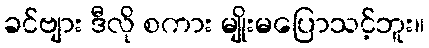
ခင်ဗျား ဒီလို စကား မျိုးမပြောသင့်ဘူး။